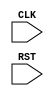
module TOP(CLK, RST);
  input CLK, RST;
  reg [7:0] cnt;

  always @(posedge CLK or negedge RST) begin
    if(RST) begin
      cnt <= 'd0;
    end else begin
      cnt <= cnt + 'd1;
    end
  end

endmodule